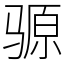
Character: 𫘪